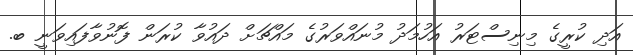
އަދި ކުރީގެ މިނިސްޓަރު އަހުމަދު މުނައްވަރުގެ މައްޗަށް ދައުވާ ކުރަން ފޮނުވާފައިވަނީ ބ.